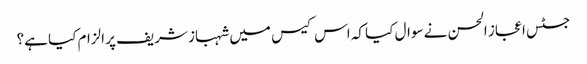
جسٹس اعجاز الحسن نے سوال کیا کہ اس کیس میں شہباز شریف پر الزام کیا ہے؟